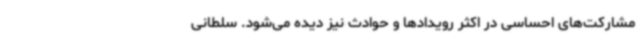
مشارکت‌های احساسی در اکثر رویدادها و حوادث نیز دیده می‌شود. سلطانی